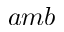
a m b